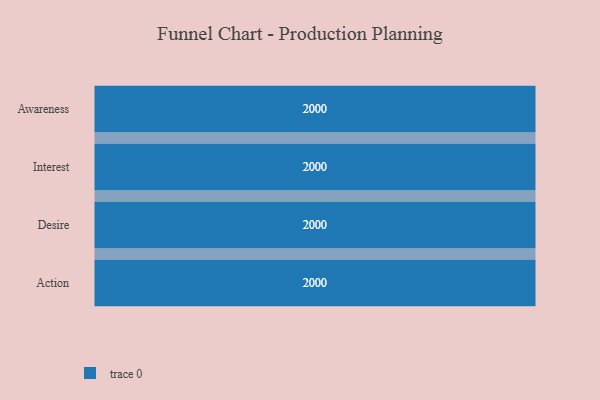
{"axis": {"x": "Stage", "y": "Value"}, "legend": [""], "data": [{"x": "Awareness", "y": 2000, "type": ""}, {"x": "Interest", "y": 2000, "type": ""}, {"x": "Desire", "y": 2000, "type": ""}, {"x": "Action", "y": 2000, "type": ""}]}